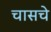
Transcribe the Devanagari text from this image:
चासचे